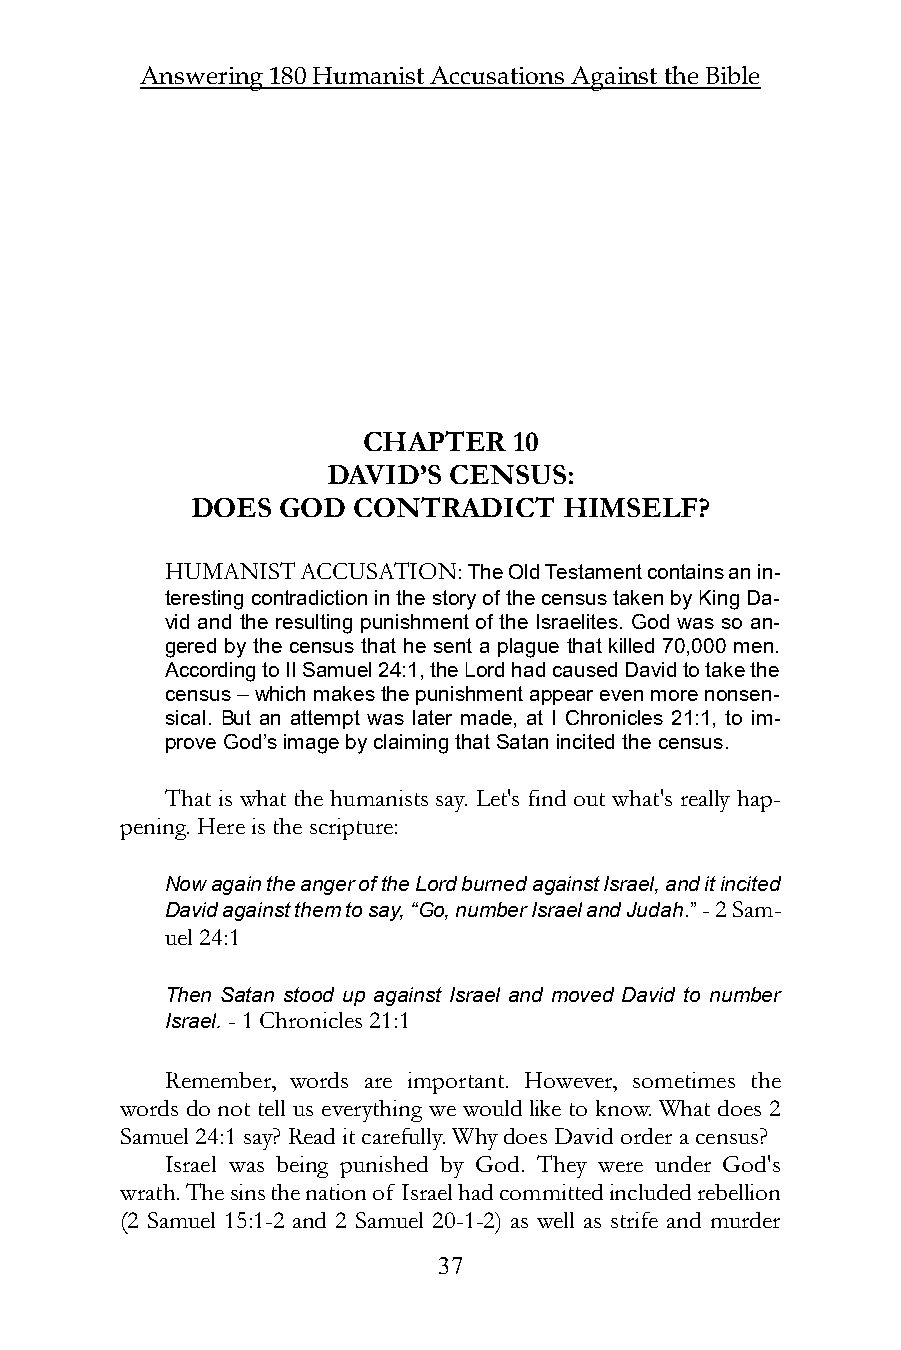
Answering 180 Humanist Accusations Against the Bible
 CHAPTER   10
 DAVID’S CENSUS:
 DOES GOD  CONTRADICT    HIMSELF?
 HUMANIST ACCUSATION: The Old Testament contains an in-
 teresting contradiction in the story of the census taken by King Da-
 vid and the resulting punishment of the Israelites. God was so an-
 gered by the census that he sent a plague that killed 70,000 men.
 According to II Samuel 24:1, the Lord had caused David to take the
 census – which makes the punishment appear even more nonsen-
 sical. But an attempt was later made, at I Chronicles 21:1, to im-
 prove God’s image by claiming that Satan incited the census.
 That is what the humanists say. Let's find out what's really hap-
 pening. Here is the scripture:
 Now again the anger of the Lord burned against Israel, and it incited
 David against them to say, “Go, number Israel and Judah.” - 2 Sam-
 uel 24:1
 Then Satan stood up against Israel and moved David to number
 Israel. - 1 Chronicles 21:1
 Remember, words are important. However, sometimes the
 words do not tell us everything we would like to know. What does 2
 Samuel 24:1 say? Read it carefully. Why does David order a census?
 Israel was being punished by God. They were under God's
 wrath. The sins the nation of Israel had committed included rebellion
 (2 Samuel 15:1-2 and 2 Samuel 20-1-2) as well as strife and murder
 37